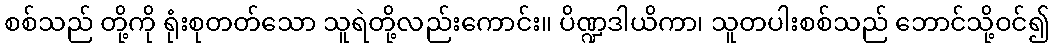
စစ်သည် တို့ကို ရုံးစုတတ်သော သူရဲတို့လည်းကောင်း။ ပိဏ္ဍဒါယိကာ၊ သူတပါးစစ်သည် ဘောင်သို့ဝင်၍